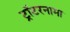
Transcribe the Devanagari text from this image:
ट्रॉटरनामा